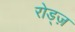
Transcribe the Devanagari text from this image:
रोड्ज़